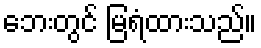
ဘေးတွင် မြရံထားသည်။